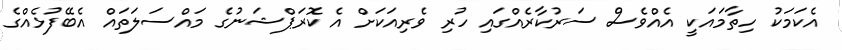
އެކަމަކު ހިތާމައަކީ އެއްވެސް ސަރުކާރެއްގައި ހުރި ވެރިއަކަށް އެ ކޮރަޕްޝަނުގެ މައްސަލަތައް އެބޭފުޅެއްގެ